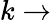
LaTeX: k\rightarrow